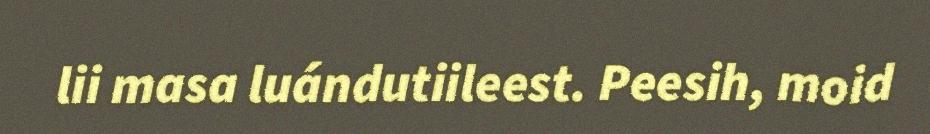
lii masa luándutiileest. Peesih, moid